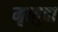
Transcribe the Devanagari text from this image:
मृत्युदा